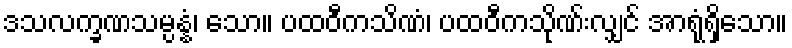
ဒသလက္ခဏသမ္ပန္နံ၊ သော။ ပထဝီကသိဏံ၊ ပထဝီကသိုဏ်းလျှင် အာရုံရှိသော။